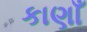
કાણાઁ